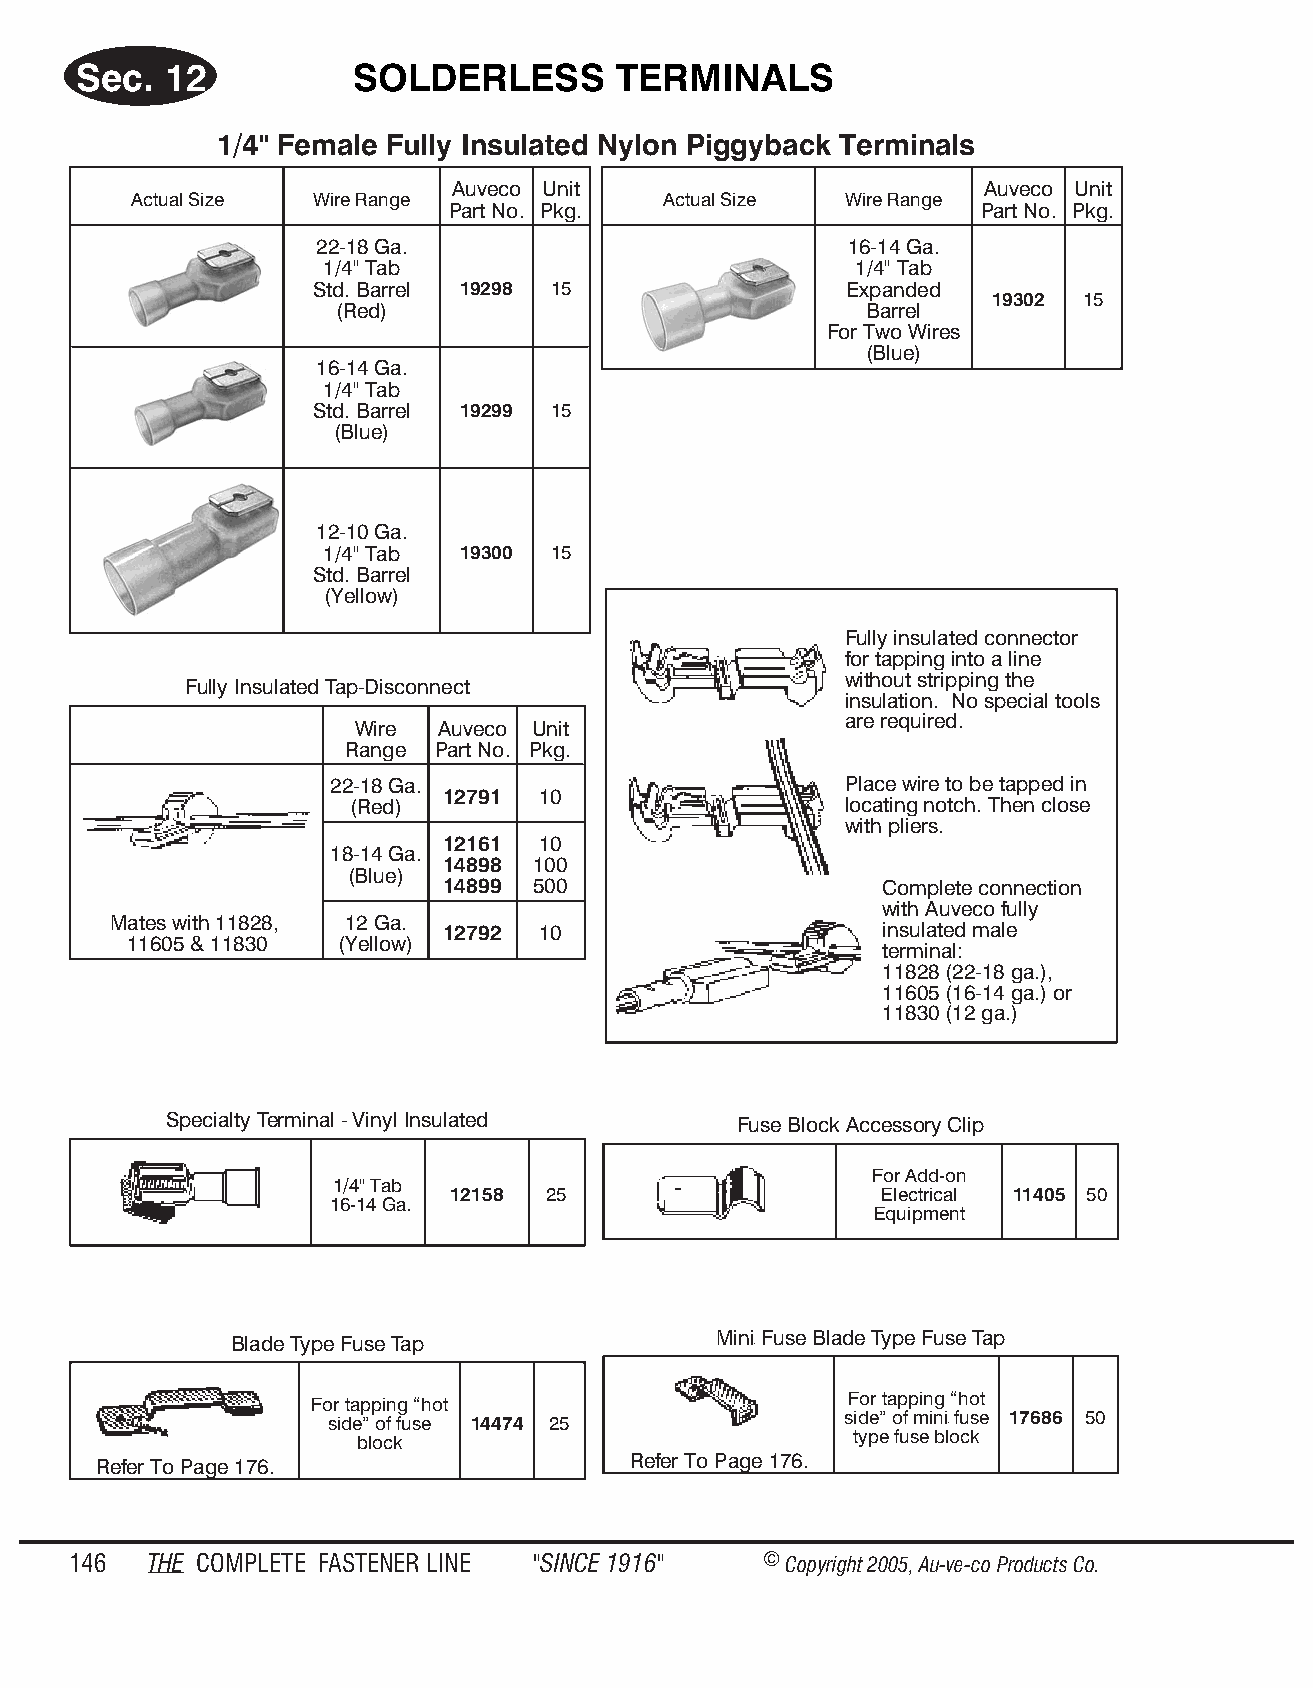
Sec.  12           SOLDERLESS       TER  MI NALS
 1/4" Fe male Fully In su lated Ny lon Pig gy back Ter mi nals
 Auveco Unit                        Auveco Unit
 Actual Size Wire Range             Actual Size Wire Range
 Part No. Pkg.                      Part No. Pkg.
 22-18 Ga.                          16-14 Ga.
 1/4" Tab                           1/4" Tab
 Std. Barrel 19298 15               Expanded
 19302 15
 (Red)                               Barrel
 For Two Wires
 (Blue)
 16-14 Ga.
 1/4" Tab
 Std. Barrel 19299 15
 (Blue)
 12-10 Ga.
 1/4" Tab 19300 15
 Std. Barrel
 (Yellow)
 Fully insulated connector
 for tapping into a line
 without stripping the
 Fully Insulated Tap-Disconnect
 insulation. No special tools
 are required.
 Wire Auveco Unit
 Range Part No. Pkg.
 22-18 Ga.                         Place wire to be tapped in
 12791 10
 (Red)                            locating notch. Then close
 with pliers.
 12161 10
 18-14 Ga.
 14898 100
 (Blue)
 14899 500                    Complete connection
 with Auveco fully
 Mates with 11828, 12 Ga.
 12792 10                     insulated male
 11605 & 11830 (Yellow)
 terminal:
 11828 (22-18 ga.),
 11605 (16-14 ga.) or
 11830 (12 ga.)
 Specialty Terminal - Vinyl Insulated  Fuse Block Accessory Clip
 For Add-on
 1/4" Tab
 12158 25                     Electrical 11405 50
 16-14 Ga.
 Equipment
 Blade Type Fuse Tap             Mini Fuse Blade Type Fuse Tap
 ®
 For tapping “hot                   For tapping “hot
 side” of fuse 14474 25            side” of mini fuse 17686 50
 ®
 block                            type fuse block
 Refer To Page 176.                 Refer To Page 176.
 146  THE COM PLETE FAST ENER LINE "SINCE 1916" © Copyr ight 2005, Au-ve-co Produ cts Co.